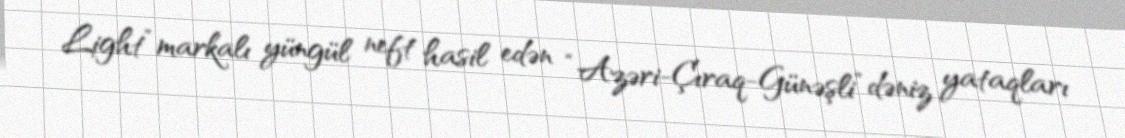
Light” markalı yüngül neft hasil edən “Azəri-Çıraq-Günəşli” dəniz yataqları